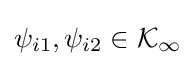
\psi _{i1},\psi _{i2}\in {\mathcal {K}}_{\infty }